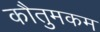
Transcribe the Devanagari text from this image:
कौतुमकम